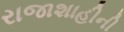
રાજાશાહીની